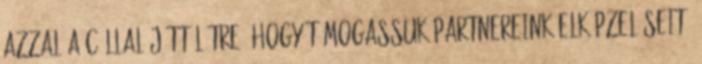
azzal a céllal jött létre, hogy támogassuk Partnereink elképzeléseit.